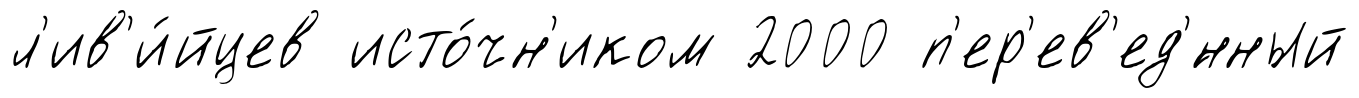
л'ив'и́йцев исто́чн'иком 2000 п'ер'ев'ед'́нный